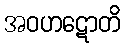
အဝဟဋောတိ